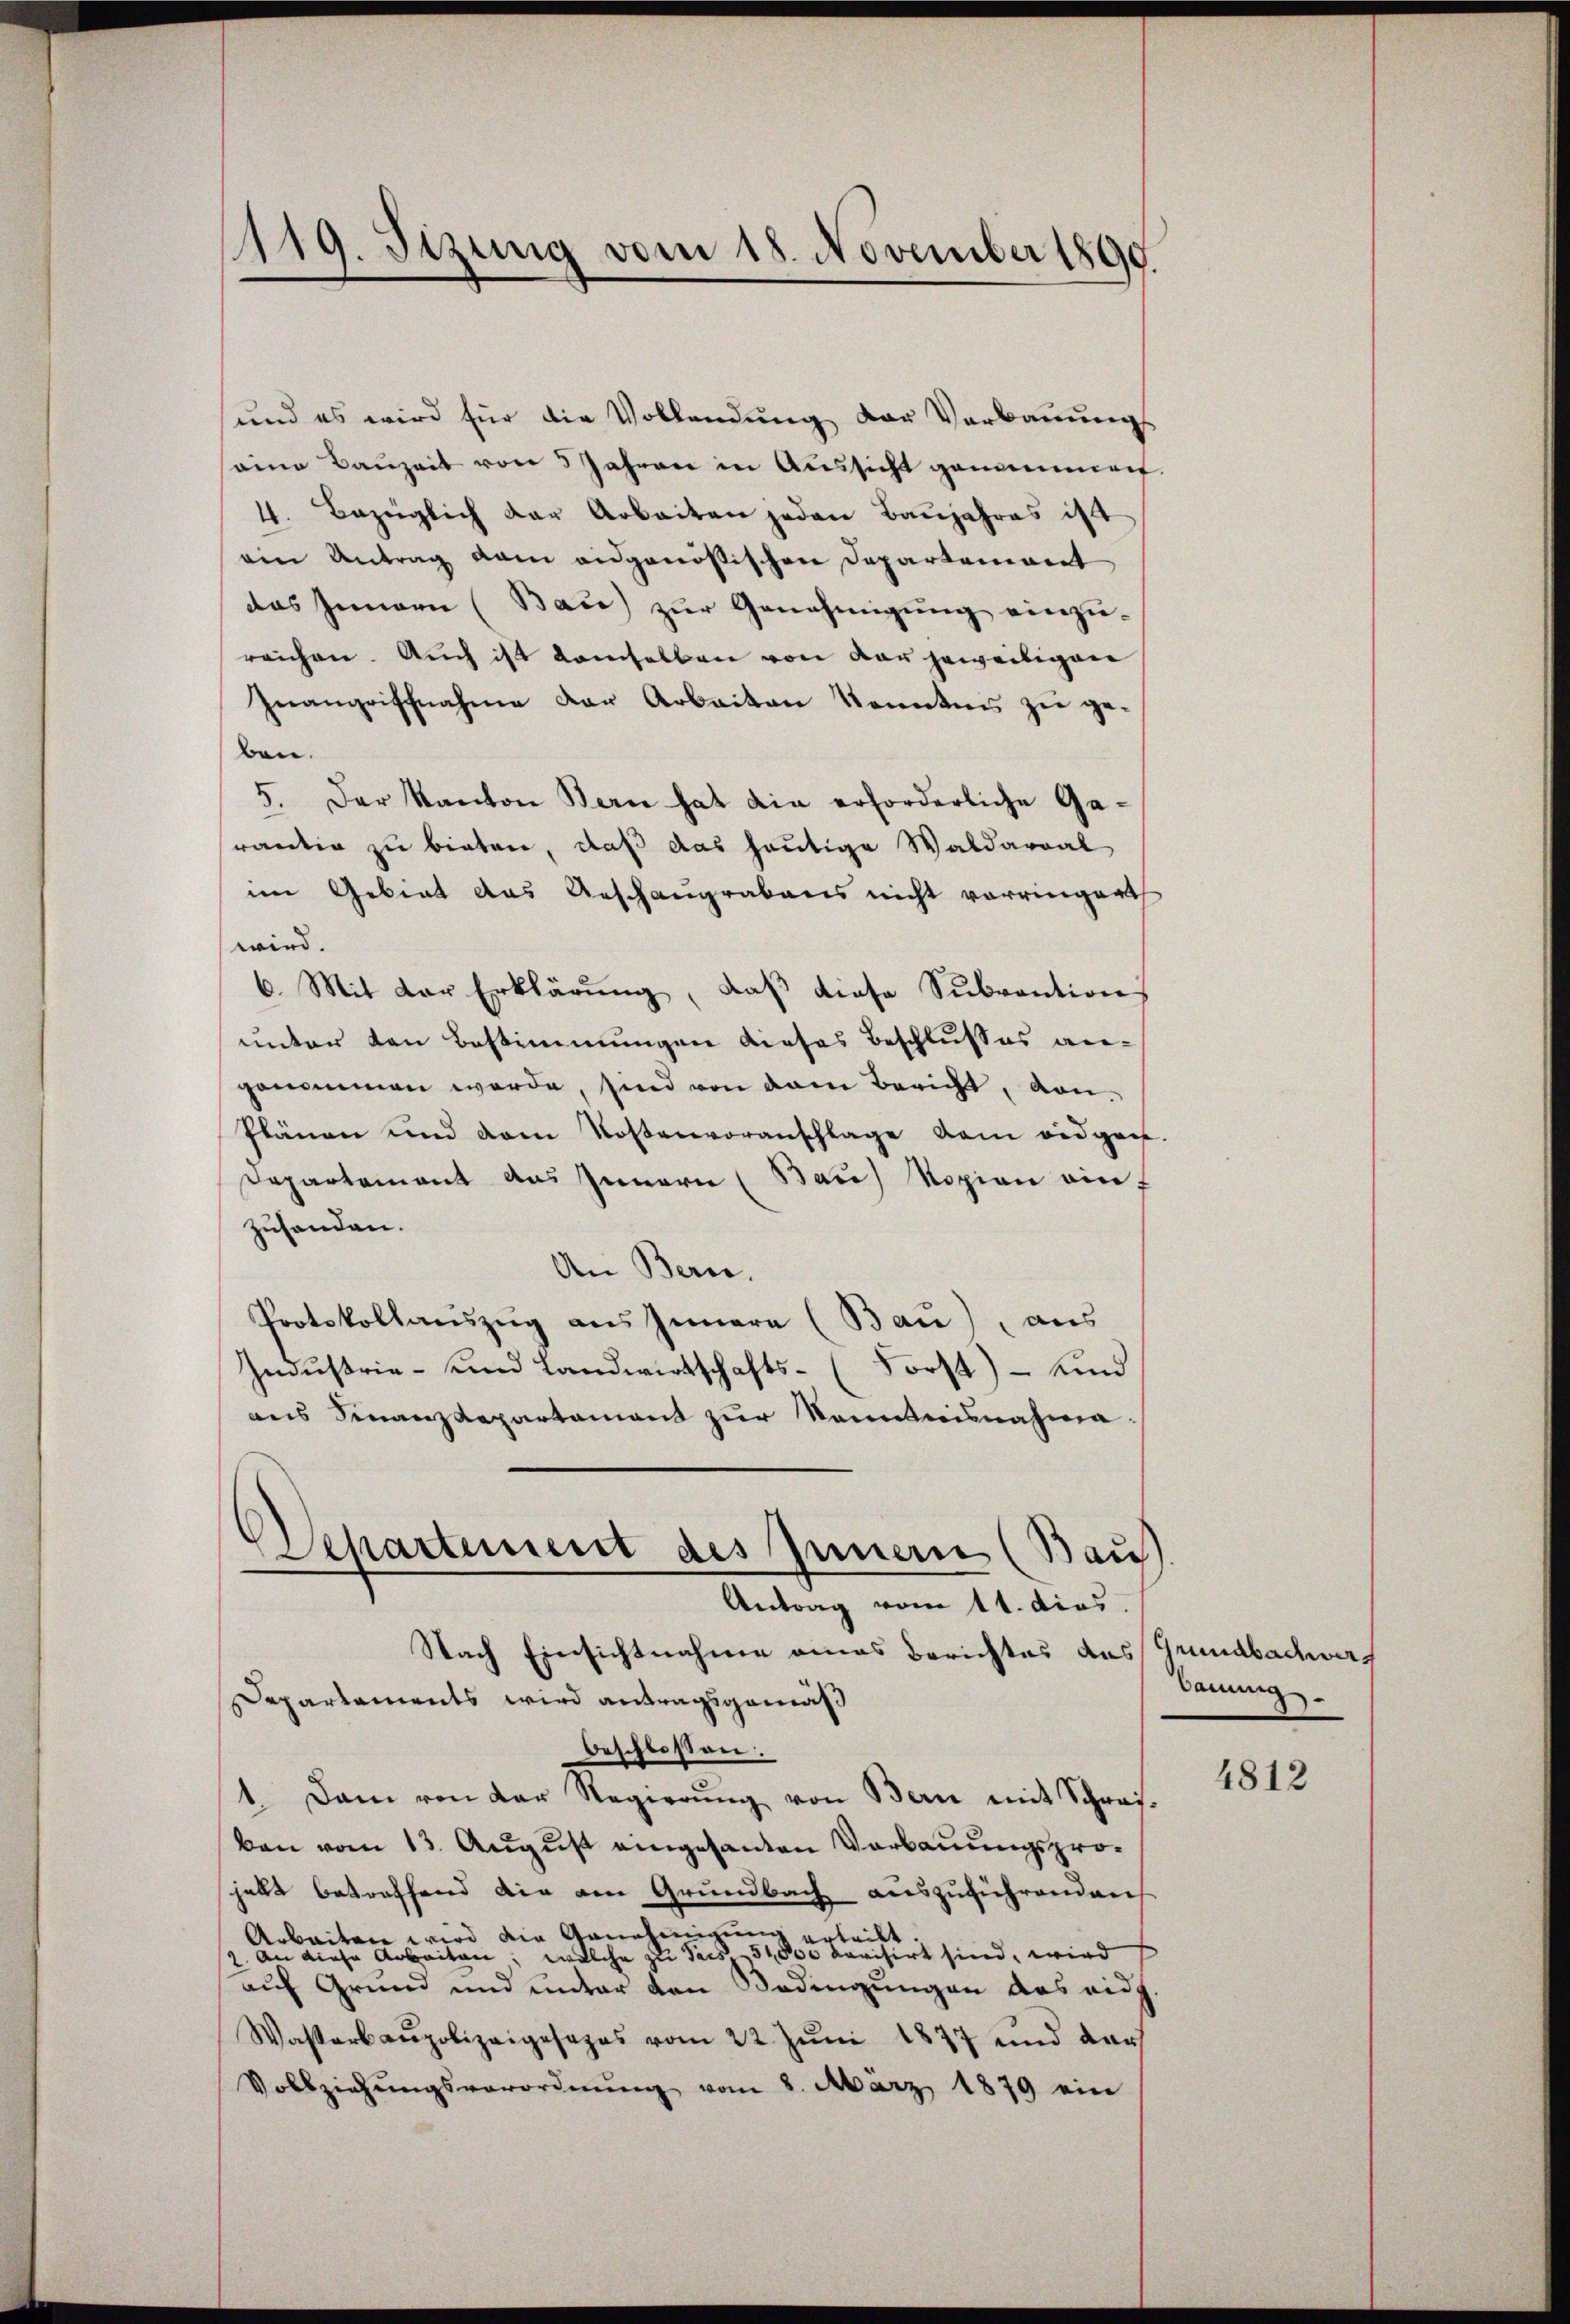
119. Sizung vom 18. November 1890.

und es wird für die Vollendung der Verbauungs
saine Baŭzeit von 5 Jahren in Aŭssicht genommen.
4. Bezüglich der Arbeiten jeden Baŭjahres ist
ein Antrag kam eidgenößischen Departemont
das Innern (Bau) zur Genehmigung einzureichen. Auch ist damselben von der jeweiligen
Inangriffnahme der Arbeiten kanntnis zu ge-
ben.
5. Der Kanton Bern hat die erforderliche Garäutig zu bieten, daß das heutige Waldarral
im Gebiet das Anschangrabens nicht vorringert
wird.
6. Mit der Erklärung, daß diese Subvention
unter den Bestimmungen dieses Beschlusses angenommen werde, sind von dem Bericht, von
Plänen und dem Kostenvoranschlage dem eidgen.
Departement aus Innern (Bau) Kopien einf
zuhanden.
An Bern.
Protokollauszug aus Innern (Bau), aus
Industrie- und Landwirtschafts- (Forst) – Kind
ans Finanzdepartament zŭr Kenntnisnahme
Departement des Inner (Bau
Antrag vom 11. dies.
Nach Einsichtnahme eines Berichtes das
Departaments wird antragsgemäß
beschlossen:
1. Dann von der Regierŭng von Bern mit Schrei-
ken vom 13. August eingesanten Verbauungsprohellt betreffend die am Grundbach auszuführenden
Arbeiten wird die Genehmigung ertritt
1. an diese Arbeiten, welche zu Paes 54,000 karisirt sind, wird
auf Grund und unter den Bedingungen das eidg
Wasserbaupolizeigesezes vom 22. Jŭni 1877 und darf
Vollziehŭngsverordnŭng vom 8. März 1879 ein

Grundbachwerg
Tauung

4812